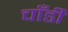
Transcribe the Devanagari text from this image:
चाँडी